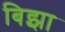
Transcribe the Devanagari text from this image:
बिझा